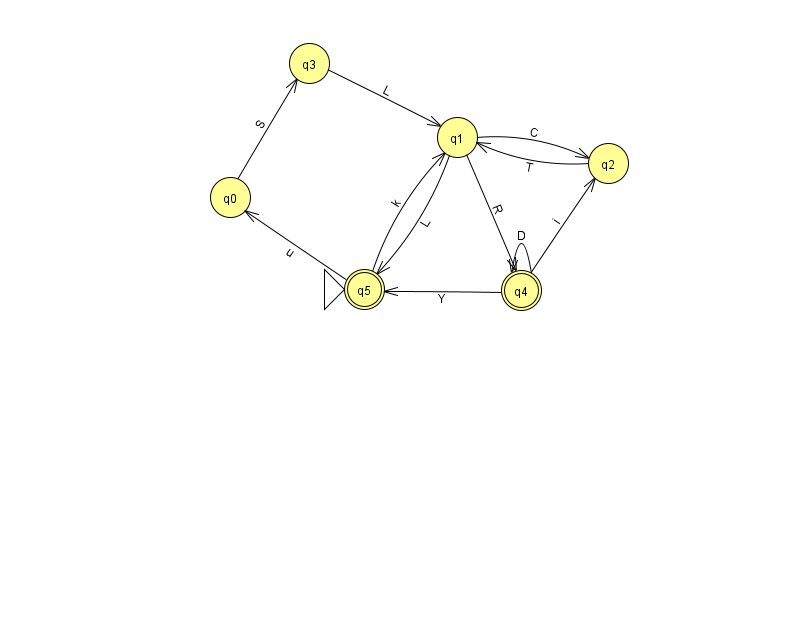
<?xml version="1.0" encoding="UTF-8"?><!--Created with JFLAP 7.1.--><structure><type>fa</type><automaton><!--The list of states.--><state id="0" name="q0"><x>230.0</x><y>184.0</y></state><state id="1" name="q1"><x>457.0</x><y>124.0</y></state><state id="2" name="q2"><x>608.0</x><y>150.0</y></state><state id="3" name="q3"><x>309.0</x><y>50.0</y></state><state id="4" name="q4"><x>521.0</x><y>277.0</y><final/></state><state id="5" name="q5"><x>364.0</x><y>276.0</y><initial/><final/></state><!--The list of transitions.--><transition><from>3</from><to>1</to><read>L</read></transition><transition><from>5</from><to>1</to><read>k</read></transition><transition><from>4</from><to>4</to><read>D</read></transition><transition><from>1</from><to>5</to><read>L</read></transition><transition><from>0</from><to>3</to><read>S</read></transition><transition><from>2</from><to>1</to><read>T</read></transition><transition><from>4</from><to>2</to><read>i</read></transition><transition><from>5</from><to>0</to><read>u</read></transition><transition><from>1</from><to>2</to><read>C</read></transition><transition><from>4</from><to>5</to><read>Y</read></transition><transition><from>1</from><to>4</to><read>R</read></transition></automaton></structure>